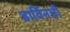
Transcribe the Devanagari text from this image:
डार्विनची